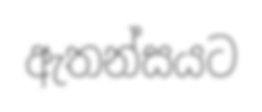
ඇතන්සයට